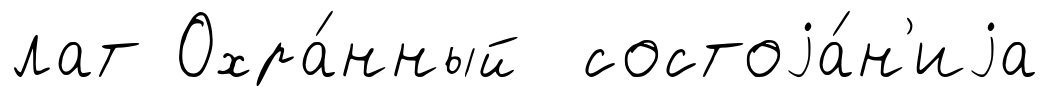
лат Охра́нный состоjа́н'иjа